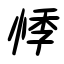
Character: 悸